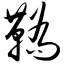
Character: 鞒